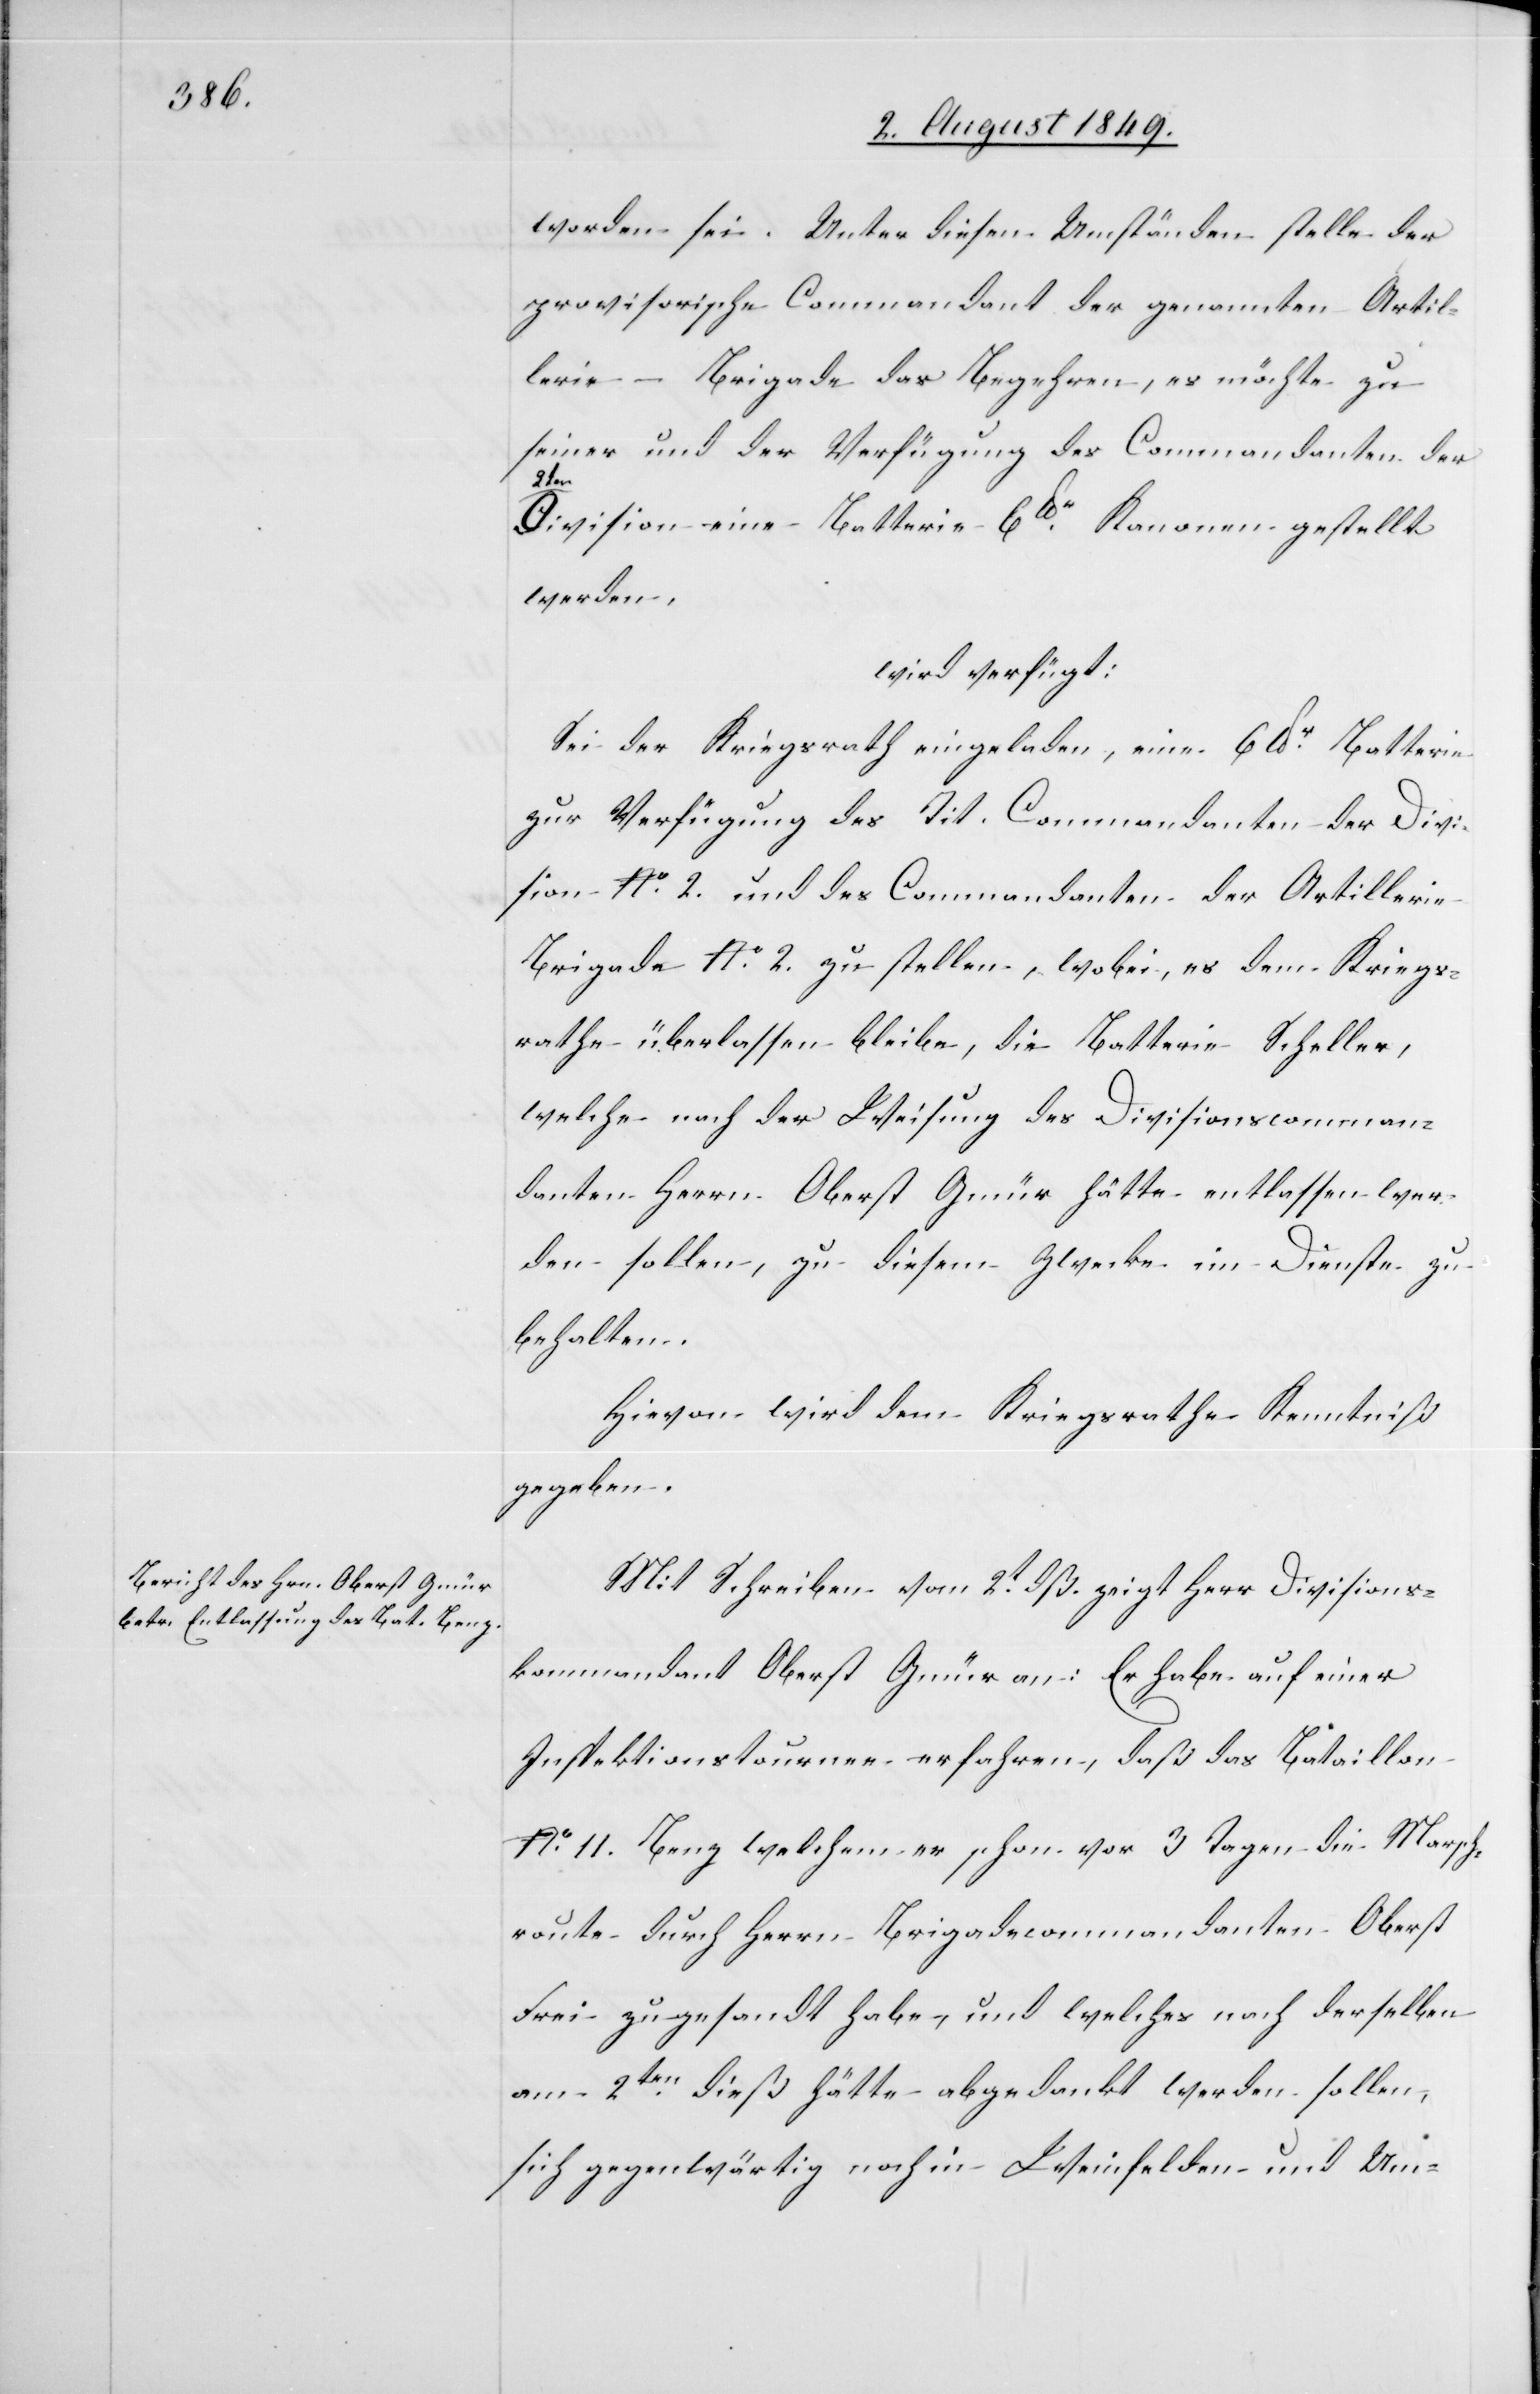
3. August 1849.]
worden sei. Unter diesen Umständen stelle der
provisorische Commandant der genannten Artil¬
lerie-Brigade das Begehren, es möchte zu
seiner und der Verfügung des Commandanten der
den
Division eine Batterie 6lbr Kanonen gestellt
werden,
wird verfügt:
Sei der Kriegsrath eingeladen, eine 6lbr Batterie
zur Verfügung des Tit. Commandanten der Divi¬
sion No. 2. und des Commandanten der Artillerie
Brigade No. 2. zu stellen, wobei, es dem Kriegs¬
rathe überlassen bleibe, die Batterie Scheller,
welche nach der Weisung des Divisionscomman¬
danten Herrn Oberst Gmür hätte entlassen wer¬
den sollen, zu diesem Zwecke im Dienste zu
behalten.
Hievon wird dem Kriegsrathe Kenntniß
gegeben.
Mit Schreiben vom 2t dß. zeigt Herr Divisions¬
kommandant Oberst Gmür an: Er habe auf einer
Inspektionstournee erfahren, daß das Bataillon
No. 11. Benz welchem er schon vor 3 Tagen die Marsch¬
route durch Herrn Brigadecommandanten Oberst
Frei zu gesandt habe, und welches nach derselben
am 2ten dieß hätte abgedankt werden sollen,
sich gegenwärtig noch in Weinfelden und Um-